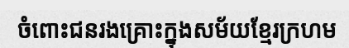
ចំពោះជនរងគ្រោះក្នុងសម័យខ្មែរក្រហម